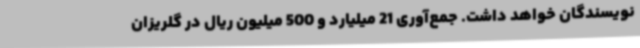
نویسندگان خواهد داشت. جمع‌آوری 21 میلیارد و 500 میلیون ریال در گلریزان